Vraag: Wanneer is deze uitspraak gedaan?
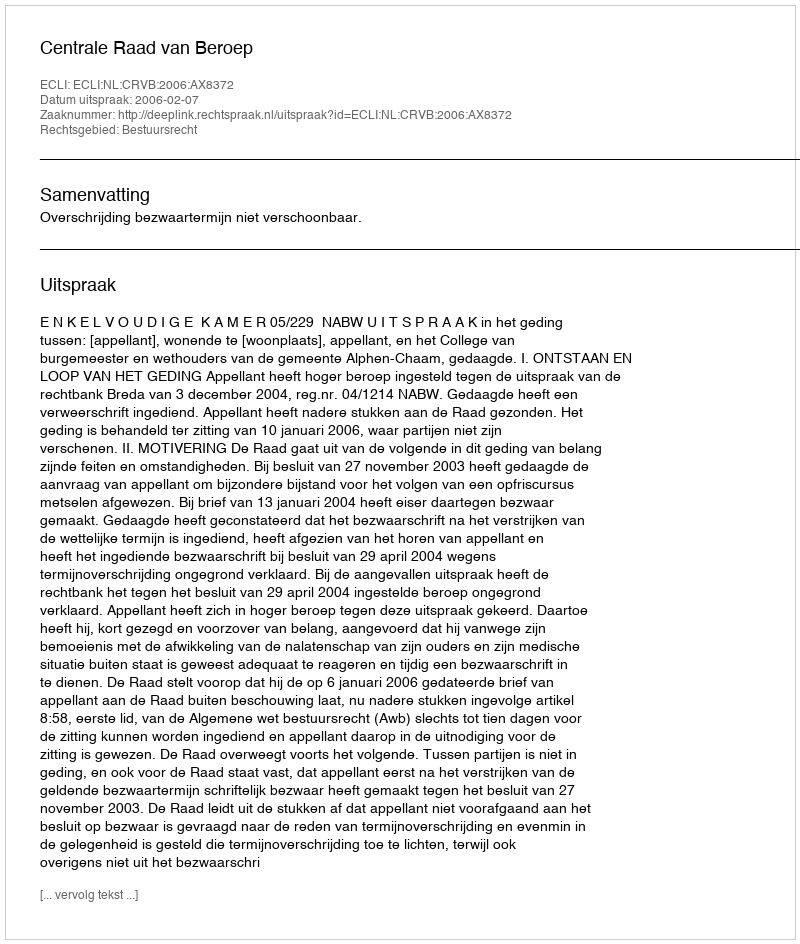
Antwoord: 2006-02-07